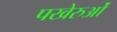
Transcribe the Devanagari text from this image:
पखेरुओं